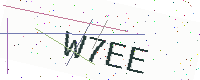
Text: W7EE